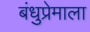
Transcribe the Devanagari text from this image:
बंधुप्रेमाला